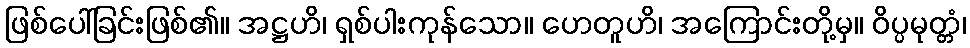
ဖြစ်ပေါ်ခြင်းဖြစ်၏။ အဋ္ဌဟိ၊ ရှစ်ပါးကုန်သော။ ဟေတူဟိ၊ အကြောင်းတို့မှ။ ဝိပ္ပမုတ္တံ၊